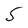
Character: S